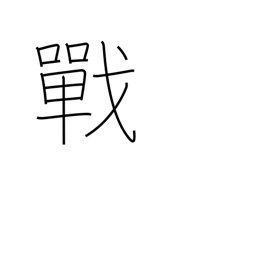
Meaning: fighting